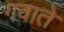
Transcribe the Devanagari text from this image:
गवाते